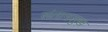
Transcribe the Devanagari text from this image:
संतानसुख